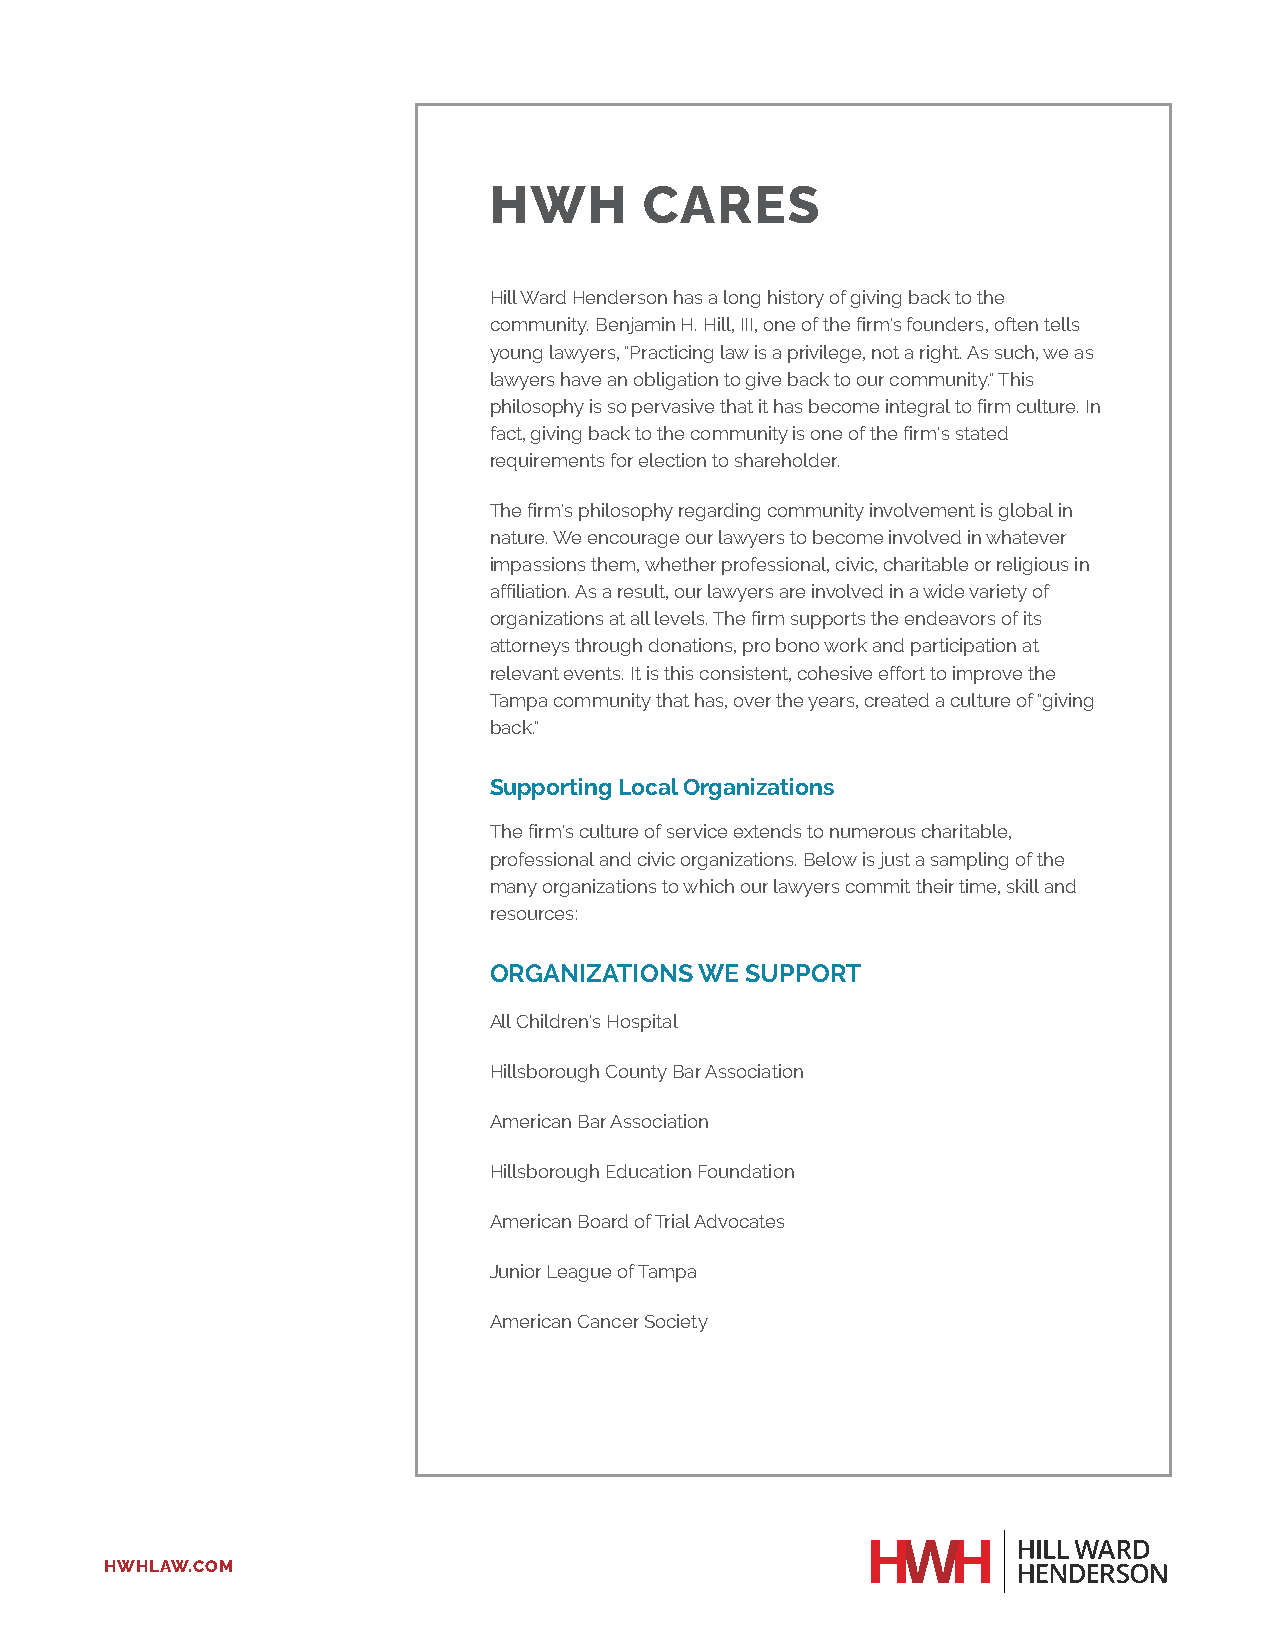
HWH        CARES
 Hill Ward Henderson has a long history of giving back to the
 community. Benjamin H. Hill, III, one of the firm's founders, often tells
 young lawyers, "Practicing law is a privilege, not a right. As such, we as
 lawyers have an obligation to give back to our community." This
 philosophy is so pervasive that it has become integral to firm culture. In
 fact, giving back to the community is one of the firm's stated
 requirements for election to shareholder.
 The firm's philosophy regarding community involvement is global in
 nature. We encourage our lawyers to become involved in whatever
 impassions them, whether professional, civic, charitable or religious in
 affiliation. As a result, our lawyers are involved in a wide variety of
 organizations at all levels. The firm supports the endeavors of its
 attorneys through donations, pro bono work and participation at
 relevant events. It is this consistent, cohesive effort to improve the
 Tampa community that has, over the years, created a culture of "giving
 back."
 Supporting Local Organizations
 The firm's culture of service extends to numerous charitable,
 professional and civic organizations. Below is just a sampling of the
 many organizations to which our lawyers commit their time, skill and
 resources:
 ORGANIZATIONS WE SUPPORT
 All Children's Hospital
 Hillsborough County Bar Association
 American Bar Association
 Hillsborough Education Foundation
 American Board of Trial Advocates
 Junior League of Tampa
 American Cancer Society
 HWHLAW.COM